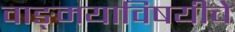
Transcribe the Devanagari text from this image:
वाङ्‌मयाविषयीचे